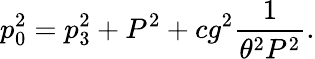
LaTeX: p_{0}^{2}=p_{3}^{2}+P^{2}+cg^{2}{\frac{1}{\theta^{2}P^{2}}}.